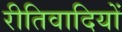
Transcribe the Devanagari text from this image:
रीतिवादियों